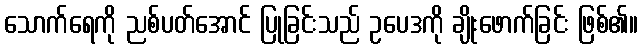
သောက်ရေကို ညစ်ပတ်အောင် ပြုခြင်းသည် ဥပေဒကို ချိုးဖောက်ခြင်း ဖြစ်၏။